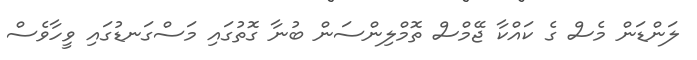
ލަންޑަން މެސް ގެ ކައްކާ ޖޭމްސް ތޮމްލިންސަން ބުނާ ގޮތުގައި މަސްގަނޑުގައި ވީހާވެސް